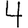
Digit: 4